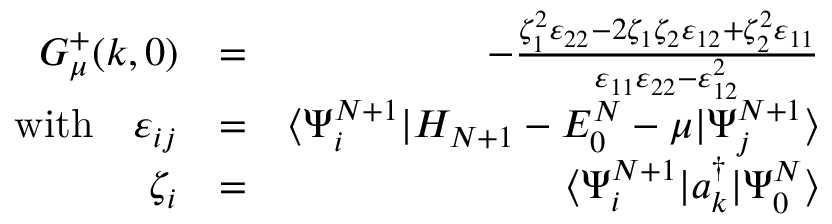
\begin{array} { r l r } { G _ { \mu } ^ { + } ( k , 0 ) } & { = } & { - \frac { \zeta _ { 1 } ^ { 2 } \varepsilon _ { 2 2 } - 2 \zeta _ { 1 } \zeta _ { 2 } \varepsilon _ { 1 2 } + \zeta _ { 2 } ^ { 2 } \varepsilon _ { 1 1 } } { \varepsilon _ { 1 1 } \varepsilon _ { 2 2 } - \varepsilon _ { 1 2 } ^ { 2 } } } \\ { \mathrm { w i t h } \quad \varepsilon _ { i j } } & { = } & { \langle \Psi _ { i } ^ { N + 1 } | H _ { N + 1 } - E _ { 0 } ^ { N } - \mu | \Psi _ { j } ^ { N + 1 } \rangle } \\ { \zeta _ { i } } & { = } & { \langle \Psi _ { i } ^ { N + 1 } | a _ { k } ^ { \dagger } | \Psi _ { 0 } ^ { N } \rangle } \end{array}